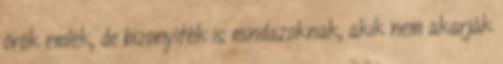
örök emlék, de bizonyíték is mindazoknak, akik nem akarják